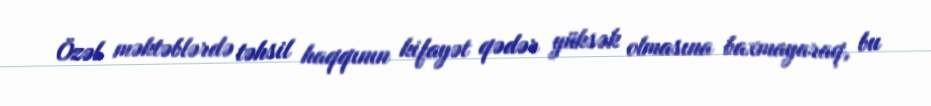
Özəl məktəblərdə təhsil haqqının kifayət qədər yüksək olmasına baxmayaraq, bu